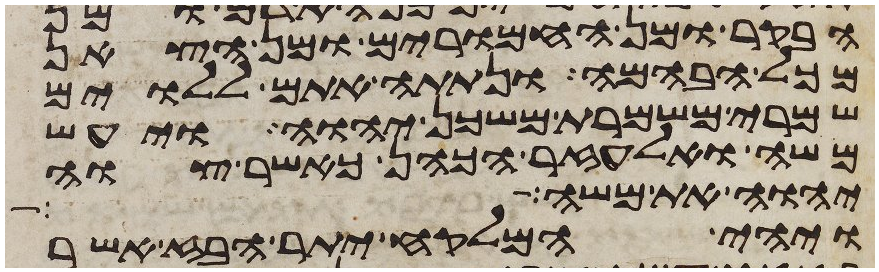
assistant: הבקר ומן החמרים ומן הצאן
מכל הבהמה ונתתה אתם ללוים
שמרי משמרת משכן יהוה ויעש
משה ואלעזר הכהן כאשר צוה
יהוה את משה
ויהי המלקח יתר הבז אשר